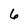
Character: 6